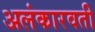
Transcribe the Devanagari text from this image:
अलंकारवती